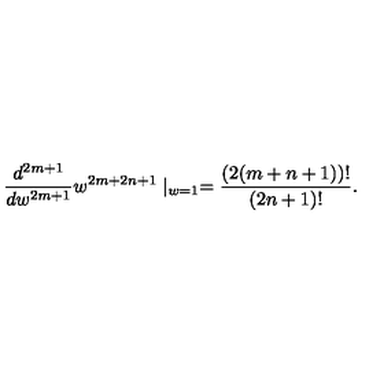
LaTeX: { \frac { d ^ { 2 m + 1 } } { d w ^ { 2 m + 1 } } } w ^ { 2 m + 2 n + 1 } \mid _ { w = 1 } = { \frac { ( 2 ( m + n + 1 ) ) ! } { ( 2 n + 1 ) ! } } .